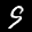
Label: 9